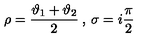
\rho = \displaystyle \frac { \vartheta _ { 1 } + \vartheta _ { 2 } } { 2 } \: , \: \sigma = i \displaystyle \frac { \pi } { 2 }